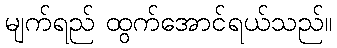
မျက်ရည် ထွက်အောင်ရယ်သည်။